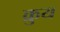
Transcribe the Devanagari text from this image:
क्रुय